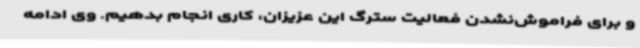
و برای فراموش‌نشدن فعالیت سترگ این عزیزان، کاری انجام بدهیم. وی ادامه